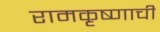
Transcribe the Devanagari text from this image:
रामकृष्णाची